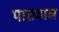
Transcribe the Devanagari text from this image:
पाठवाल